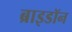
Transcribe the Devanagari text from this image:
ब्राइडॉन